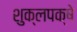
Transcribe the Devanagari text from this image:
शुक्लपक्षे